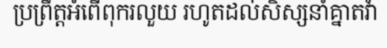
ប្រព្រឹត្តអំពើពុករលួយ រហូតដល់សិស្សនាំគ្នាតវ៉ា